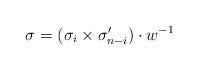
LaTeX: \begin{align*} \sigma =(\sigma_i\times\sigma'_{n-i})\cdot w^{-1} \end{align*}